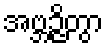
အဗ္ဘဉ္ဇိတွာ